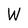
Character: W